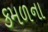
કમળના